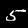
Digit: 5